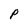
Character: P